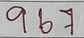
967